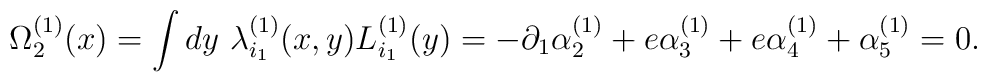
\Omega^{(1)}_2(x)=\int dy \ \lambda^{(1)}_{i_1}(x,y)L^{(1)}_{i_1}(y)=-\partial_1\alpha^{(1)}_2 + e\alpha^{(1)}_3+ e\alpha^{(1)}_4+\alpha^{(1)}_5=0.